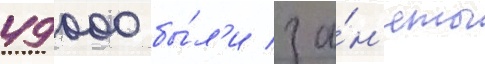
49 000 бы́л'и за́н'яты